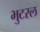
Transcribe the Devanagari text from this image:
भुटरल